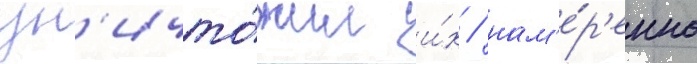
ун'ичто́жил и́х / нам'е́р'енно